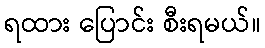
ရထား ပြောင်း စီးရမယ်။